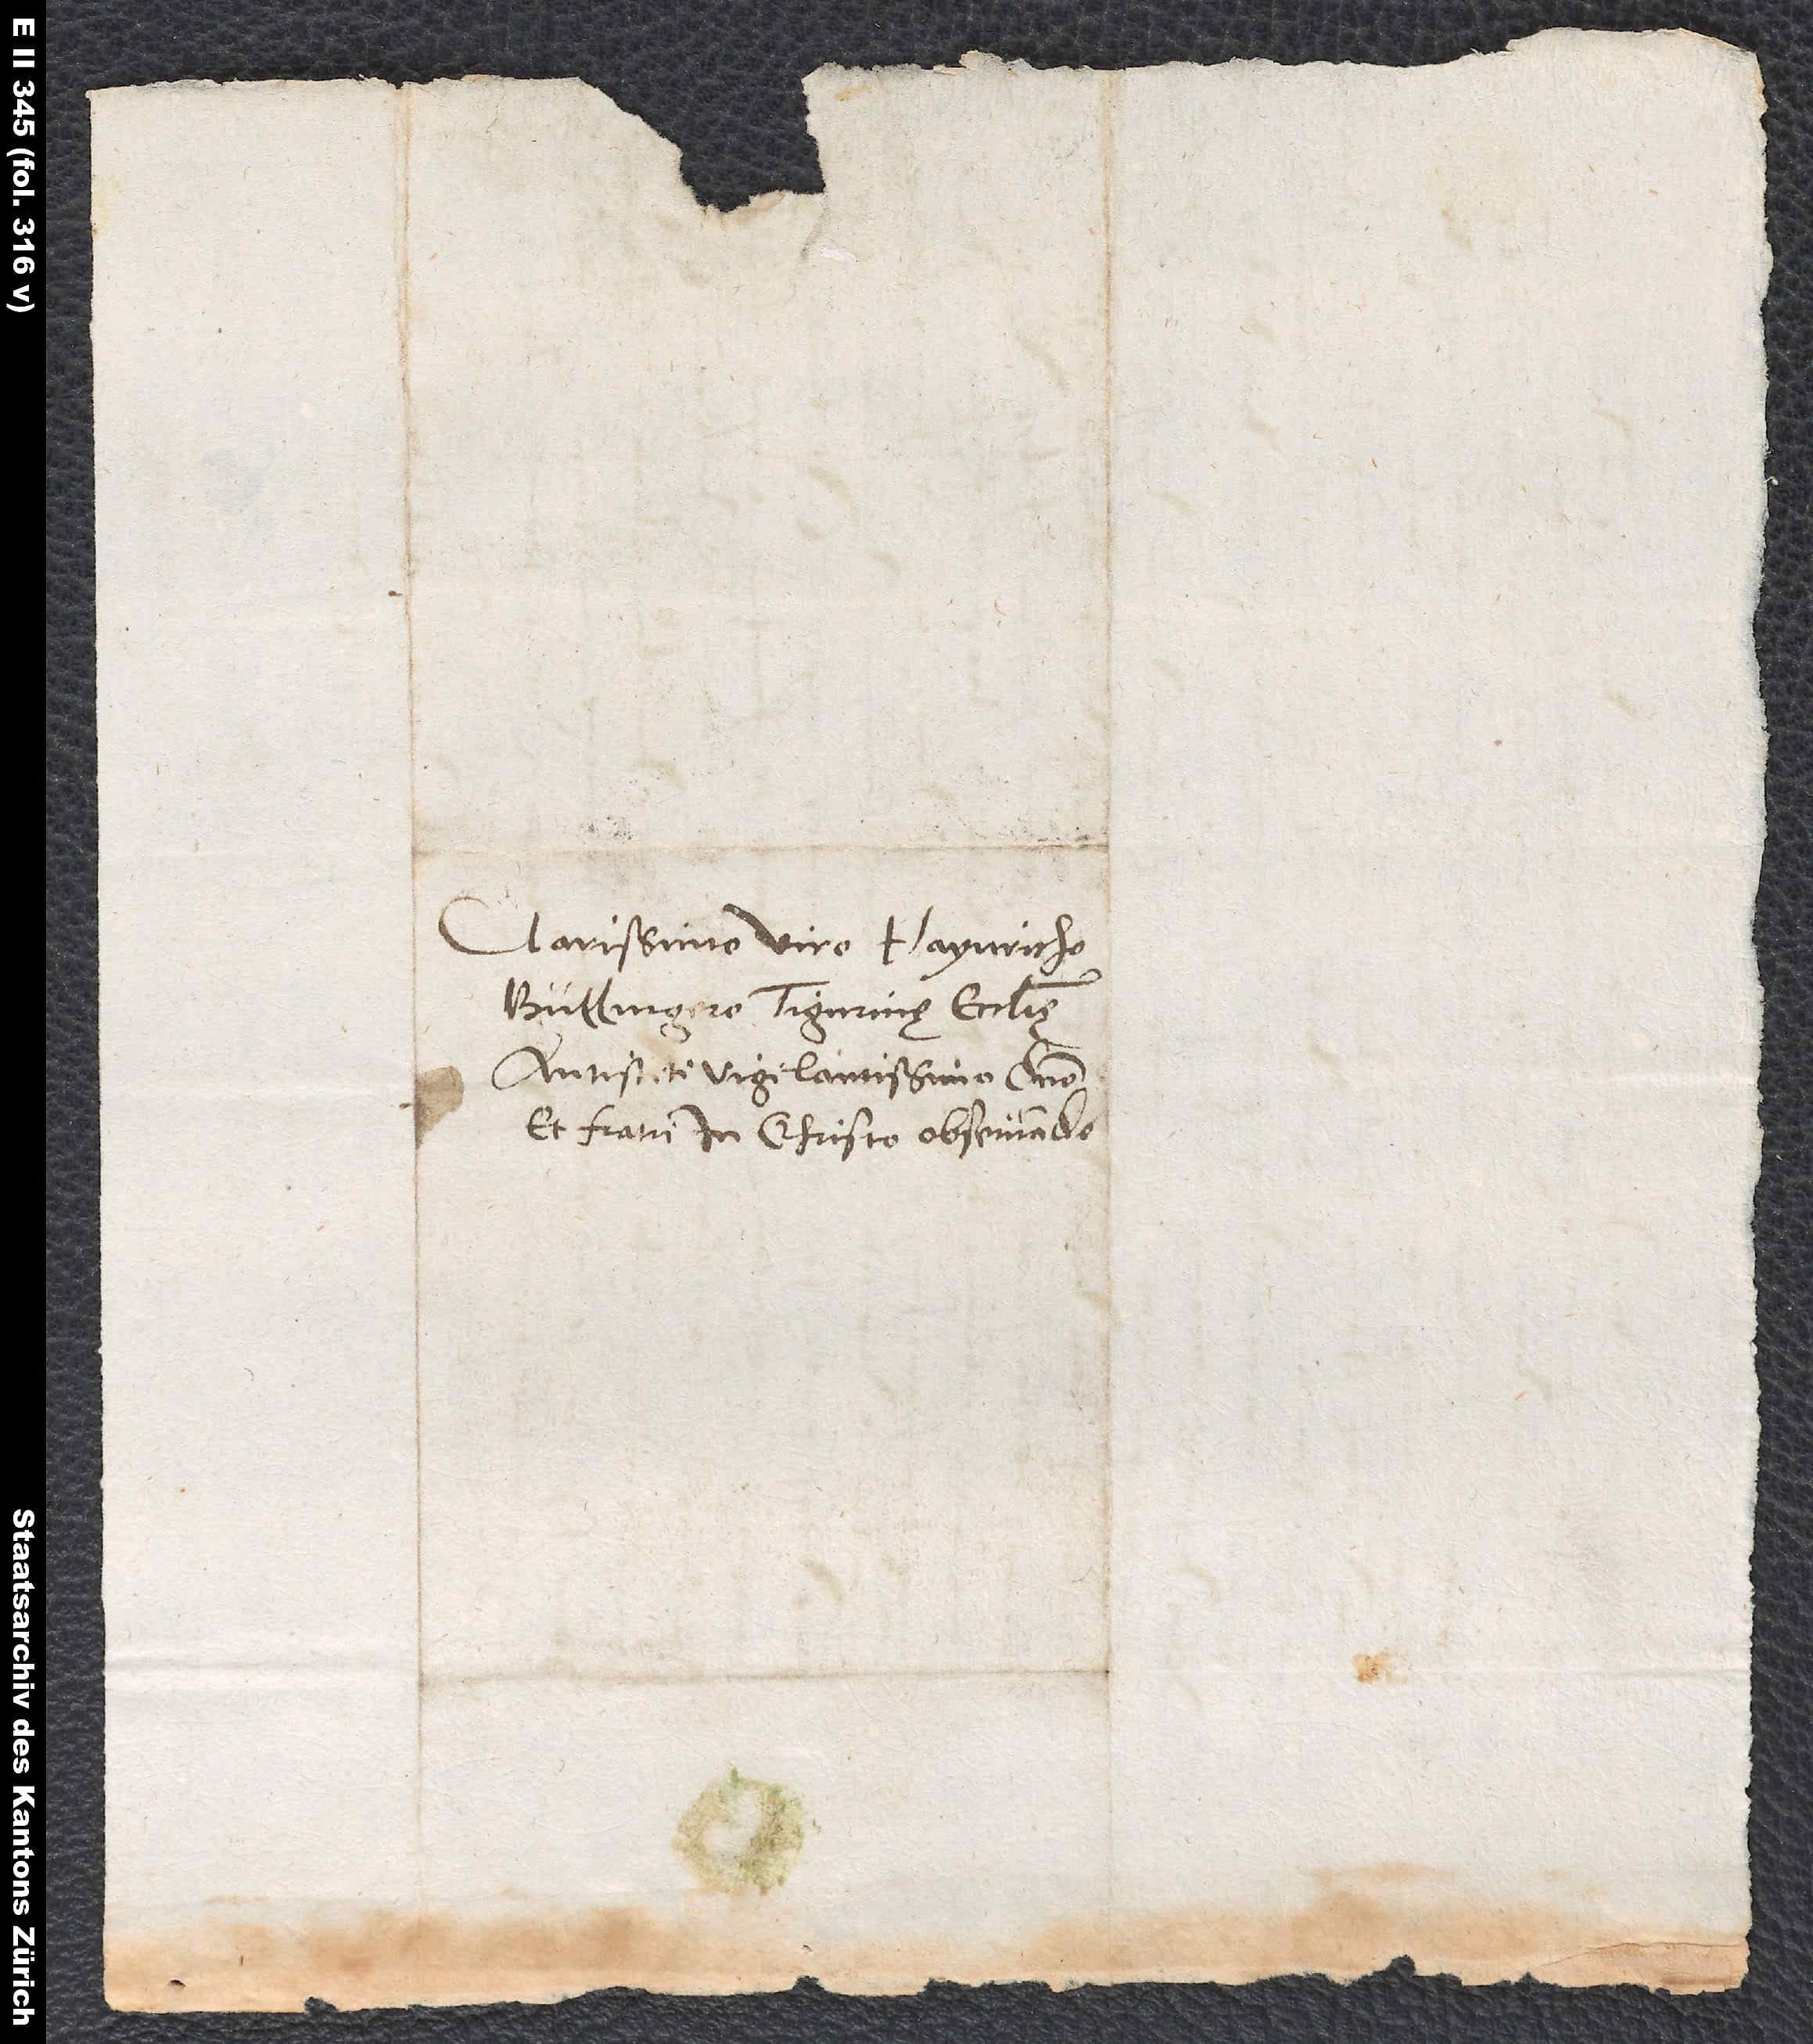
Clarissimo viro Haynricho
Bullingero, Tigurinę ecclesię
antistiti vigilantissimo, domino
et fratri in Christo observando.